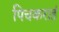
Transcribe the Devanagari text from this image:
पिचकराइं